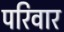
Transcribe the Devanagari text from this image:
परिवार